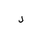
Letter: _lam